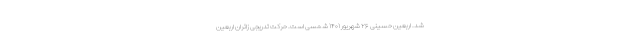
شد. اربعین حسینی ۲۶ شهریور ۱۴۰۱ شمسی است. حرکت تدریجی زائران اربعین